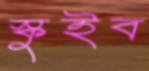
স্কুইব